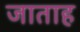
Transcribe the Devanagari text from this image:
जाताह